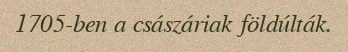
1705-ben a császáriak földúlták.